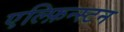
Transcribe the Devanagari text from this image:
एल्फ़िन्स्टन